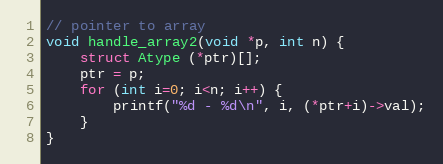
Language: C
// pointer to array
void handle_array2(void *p, int n) {
	struct Atype (*ptr)[];
	ptr = p;
	for (int i=0; i<n; i++) {
		printf("%d - %d\n", i, (*ptr+i)->val);
	}
}